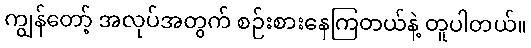
ကျွန်တော့် အလုပ်အတွက် စဉ်းစားနေကြတယ်နဲ့ တူပါတယ်။